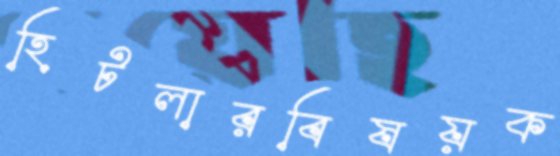
হিটলারবিষয়ক